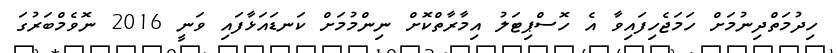
ހިދުމަތްދިނުމަށް ހަމަޖެހިފައިވާ އެ ހޮސްޕިޓަލު އިމާރާތްކޮށް ނިންމުމަށް ކަނޑައަޅާފައި ވަނީ 2016 ނޮވެމްބަރުގަ